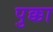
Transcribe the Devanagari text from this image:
पुक्का